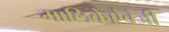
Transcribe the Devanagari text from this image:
मालिकेऐवजी